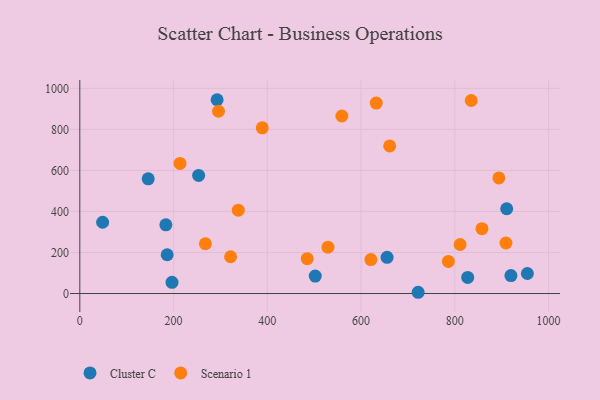
{"axis": {"x": "Distance", "y": "Fuel Efficiency"}, "legend": ["Cluster C", "Scenario 1"], "data": [{"x": "48.7", "y": 347.4, "type": "Cluster C"}, {"x": "502.3", "y": 84.9, "type": "Cluster C"}, {"x": "721.8", "y": 6.1, "type": "Cluster C"}, {"x": "655.5", "y": 176.6, "type": "Cluster C"}, {"x": "910.7", "y": 413.2, "type": "Cluster C"}, {"x": "292.9", "y": 944.7, "type": "Cluster C"}, {"x": "145.9", "y": 558.9, "type": "Cluster C"}, {"x": "954.8", "y": 97.6, "type": "Cluster C"}, {"x": "253.5", "y": 575.7, "type": "Cluster C"}, {"x": "196.7", "y": 54.4, "type": "Cluster C"}, {"x": "827.5", "y": 78.4, "type": "Cluster C"}, {"x": "186.4", "y": 189.0, "type": "Cluster C"}, {"x": "919.7", "y": 87.4, "type": "Cluster C"}, {"x": "183.6", "y": 335.1, "type": "Cluster C"}, {"x": "857.9", "y": 315.9, "type": "Scenario 1"}, {"x": "909.1", "y": 246.4, "type": "Scenario 1"}, {"x": "632.4", "y": 928.2, "type": "Scenario 1"}, {"x": "786.3", "y": 156.5, "type": "Scenario 1"}, {"x": "661.1", "y": 719.6, "type": "Scenario 1"}, {"x": "389.2", "y": 807.8, "type": "Scenario 1"}, {"x": "559.1", "y": 865.4, "type": "Scenario 1"}, {"x": "620.9", "y": 165.5, "type": "Scenario 1"}, {"x": "529.4", "y": 226.1, "type": "Scenario 1"}, {"x": "213.8", "y": 634.1, "type": "Scenario 1"}, {"x": "295.9", "y": 888.4, "type": "Scenario 1"}, {"x": "321.7", "y": 179.2, "type": "Scenario 1"}, {"x": "835.0", "y": 940.9, "type": "Scenario 1"}, {"x": "338.1", "y": 406.3, "type": "Scenario 1"}, {"x": "811.3", "y": 238.9, "type": "Scenario 1"}, {"x": "267.9", "y": 242.6, "type": "Scenario 1"}, {"x": "485.2", "y": 169.9, "type": "Scenario 1"}, {"x": "894.0", "y": 563.4, "type": "Scenario 1"}]}